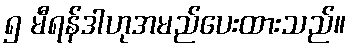
၅ မီရန်ဒါဟုအမည်ပေးထားသည်။